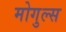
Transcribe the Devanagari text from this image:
मोगुल्स